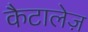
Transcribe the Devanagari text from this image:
कैटालेज़